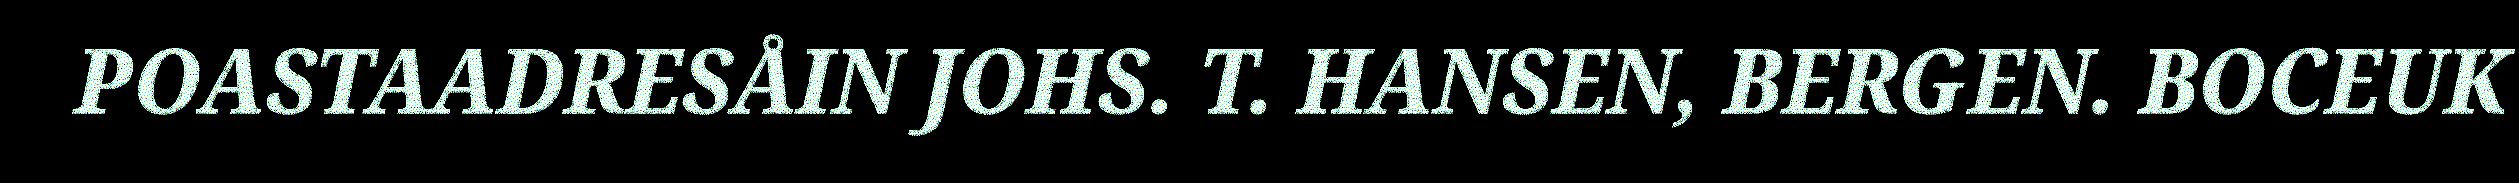
POASTAADRESÅIN JOHS. T. HANSEN, BERGEN. BOCEUK